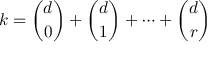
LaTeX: k = { \binom { d } { 0 } } + { \binom { d } { 1 } } + \dots + { \binom { d } { r } }